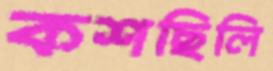
কশছিলি